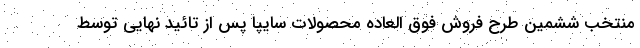
منتخب ششمین طرح فروش فوق العاده محصولات سایپا پس از تائید نهایی توسط